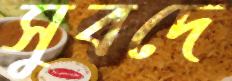
সুবদে